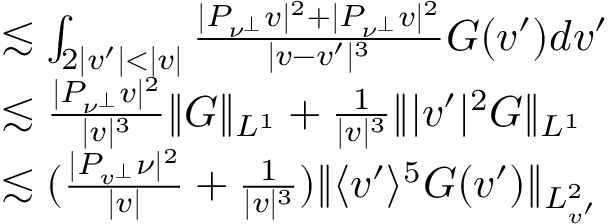
\begin{array} { r l } & { \lesssim \int _ { 2 | v ^ { \prime } | < | v | } \frac { | P _ { \nu ^ { \perp } } v | ^ { 2 } + | P _ { \nu ^ { \perp } } v | ^ { 2 } } { | v - v ^ { \prime } | ^ { 3 } } G ( v ^ { \prime } ) d v ^ { \prime } } \\ & { \lesssim \frac { | P _ { \nu ^ { \perp } } v | ^ { 2 } } { | v | ^ { 3 } } \| G \| _ { L ^ { 1 } } + \frac { 1 } { | v | ^ { 3 } } \| | v ^ { \prime } | ^ { 2 } G \| _ { L ^ { 1 } } } \\ & { \lesssim ( \frac { | P _ { v ^ { \perp } } \nu | ^ { 2 } } { | v | } + \frac { 1 } { | v | ^ { 3 } } ) \| \langle v ^ { \prime } \rangle ^ { 5 } G ( v ^ { \prime } ) \| _ { L _ { v ^ { \prime } } ^ { 2 } } } \end{array}